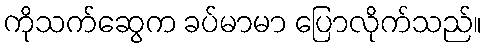
ကိုသက်ဆွေက ခပ်မာမာ ပြောလိုက်သည်။